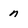
Character: n